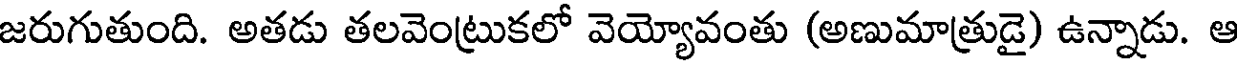
జరుగుతుంది. అతడు తలవెంట్రుకలో వెయ్యోవంతు (అణుమాత్రుడై) ఉన్నాడు. ఆ